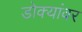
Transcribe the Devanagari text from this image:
डोक्यांवर